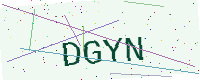
Text: DGYN